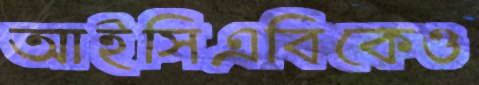
আইসিএবিকেও